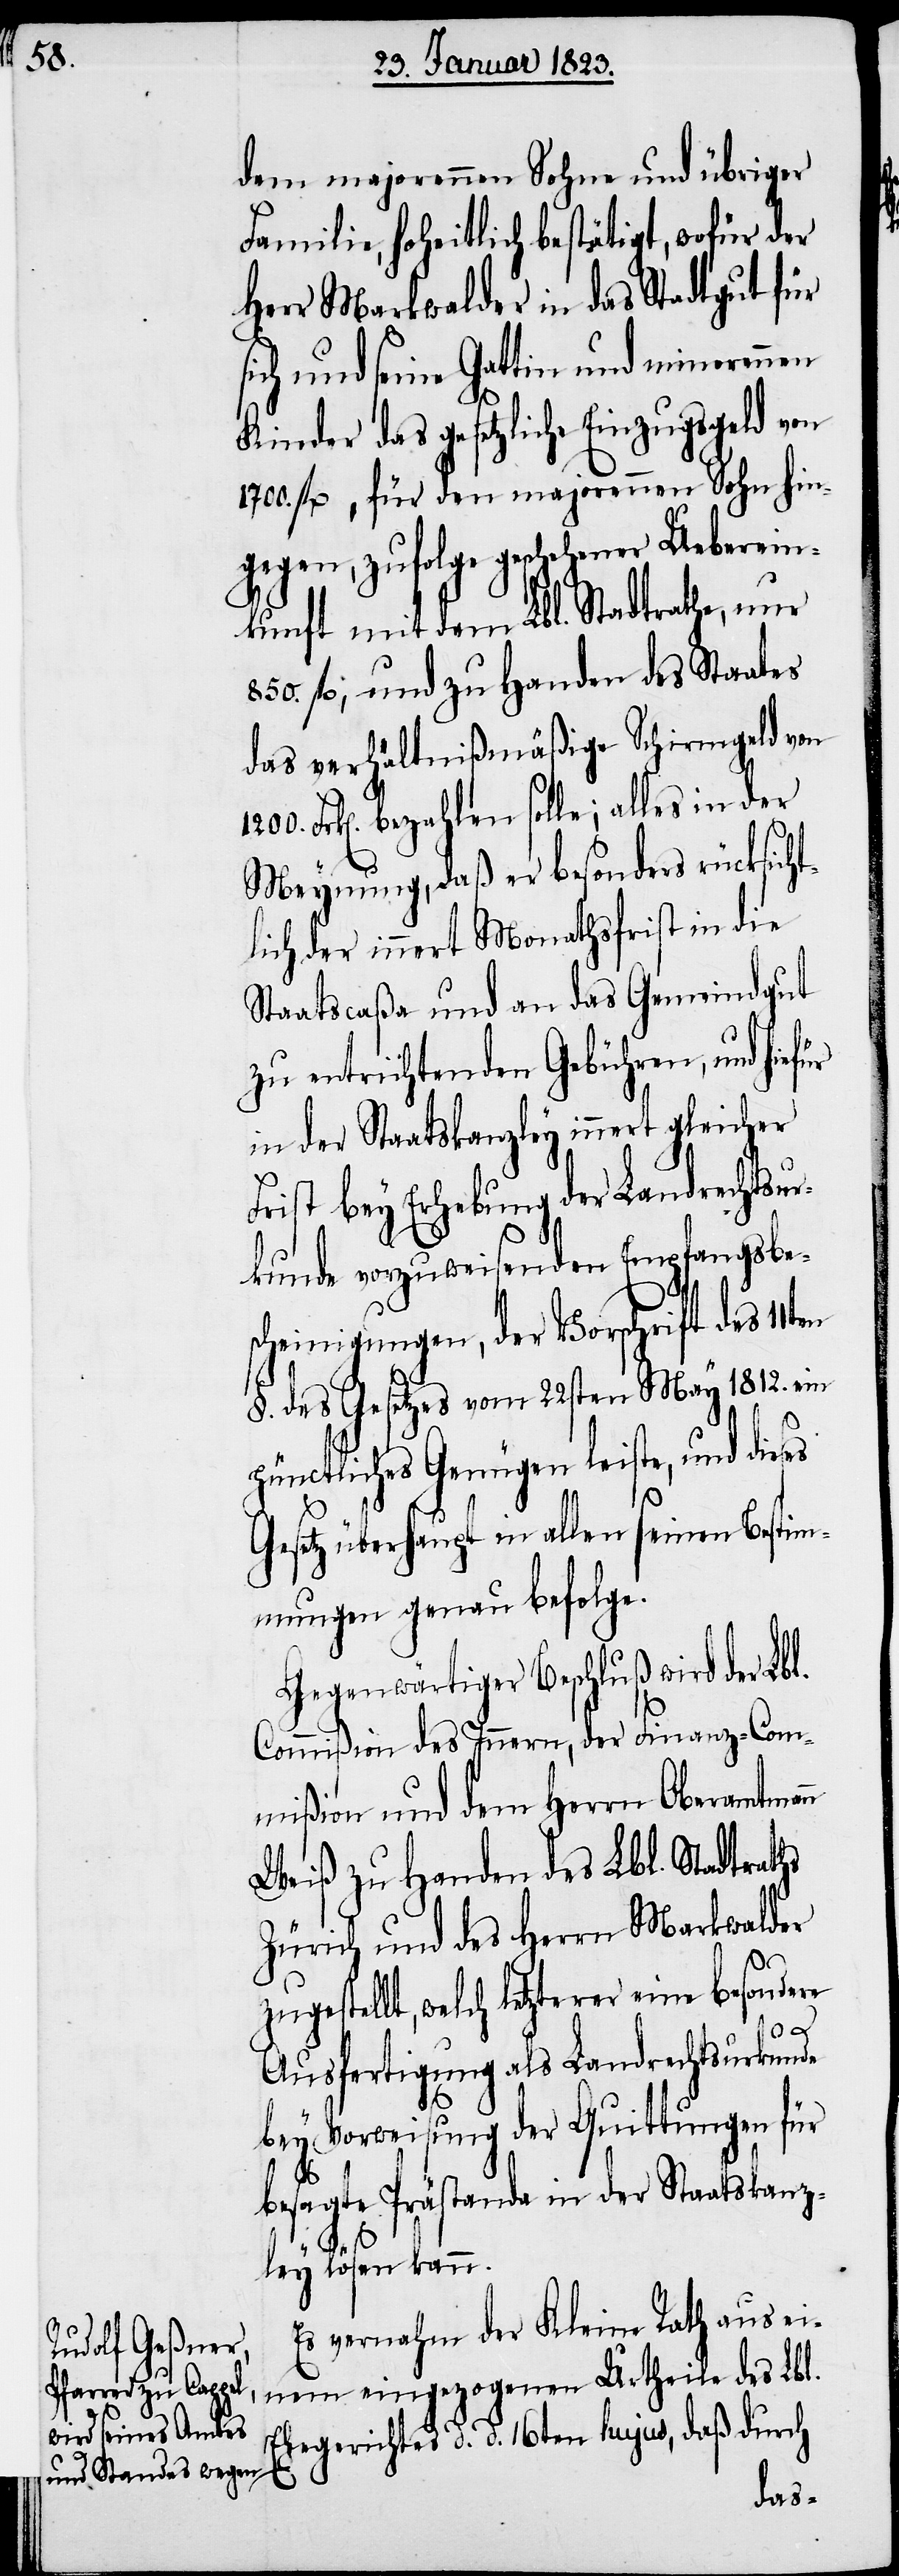
dem majorennen Sohne und übriger
Familie, hoheitlich bestätigt, wofür der
Herr Markwalder in das Stadtgut für
sich und seine Gattin und minorennen
Kinder das gesetzliche Einzugsgeld von
1700. fl., für den majorennen Sohn hin¬
gegen, zufolge geschehener Ueberein¬
kunft mit dem Lbl. Stadtrathe, nur
850. fl., und zu Handen des Staates
das verhältnißmäßige Schirmgeld von
Frk[en]. bezahlen solle; alles in der
Meynung, daß er besonders rücksicht¬
lich der innert Monathsfrist in die
Staatscaßa und an das Gemeindgut
zu entrichtenden Gebühren, und hiefür
in der Staatskanzley innert gleicher
Frist bey Erhebung der Landrechtsur¬
kunde vorzuweisenden Empfangsbe¬
scheinigungen, der Vorschrift des
§. des Gesetzes vom 22sten May 1812. ein
pünctliches Genügen leiste, und dieses
Gesetz überhaupt in allen seinen Bestim¬
mungen genau befolge.
Gegenwärtiger Beschluß wird der Lbl.
Commißion des Innern, der Finanz-Com¬
mißion und dem Herrn Oberamtmann
Weiß zu Handen des Lbl. Stadtraths
Zürich und des Herrn Markwalder
1200.
zugestellt, welch letzterer eine besondere
Ausfertigung als Landrechtsurkunde
bey Vorweisung der Quittungen für
besagte Prästanda in der Staatskanz¬
ley lösen kann.
Es vernahm der Kleine Rath aus ei¬
nem eingezogenen Urtheile des Lbl.
Ehegerichtes d. d. 16ten hujus, daß durch